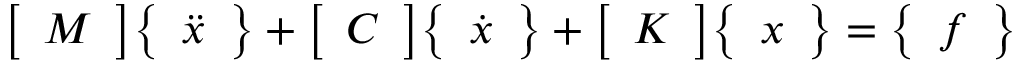
{ \left[ \begin{array} { l } { M } \end{array} \right] } { \left\{ \begin{array} { l } { { \ddot { x } } } \end{array} \right\} } + { \left[ \begin{array} { l } { C } \end{array} \right] } { \left\{ \begin{array} { l } { { \dot { x } } } \end{array} \right\} } + { \left[ \begin{array} { l } { K } \end{array} \right] } { \left\{ \begin{array} { l } { x } \end{array} \right\} } = { \left\{ \begin{array} { l } { f } \end{array} \right\} }